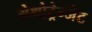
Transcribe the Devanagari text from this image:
मेथोट्रेग्जेट